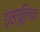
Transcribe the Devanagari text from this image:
इंस्यूलिन